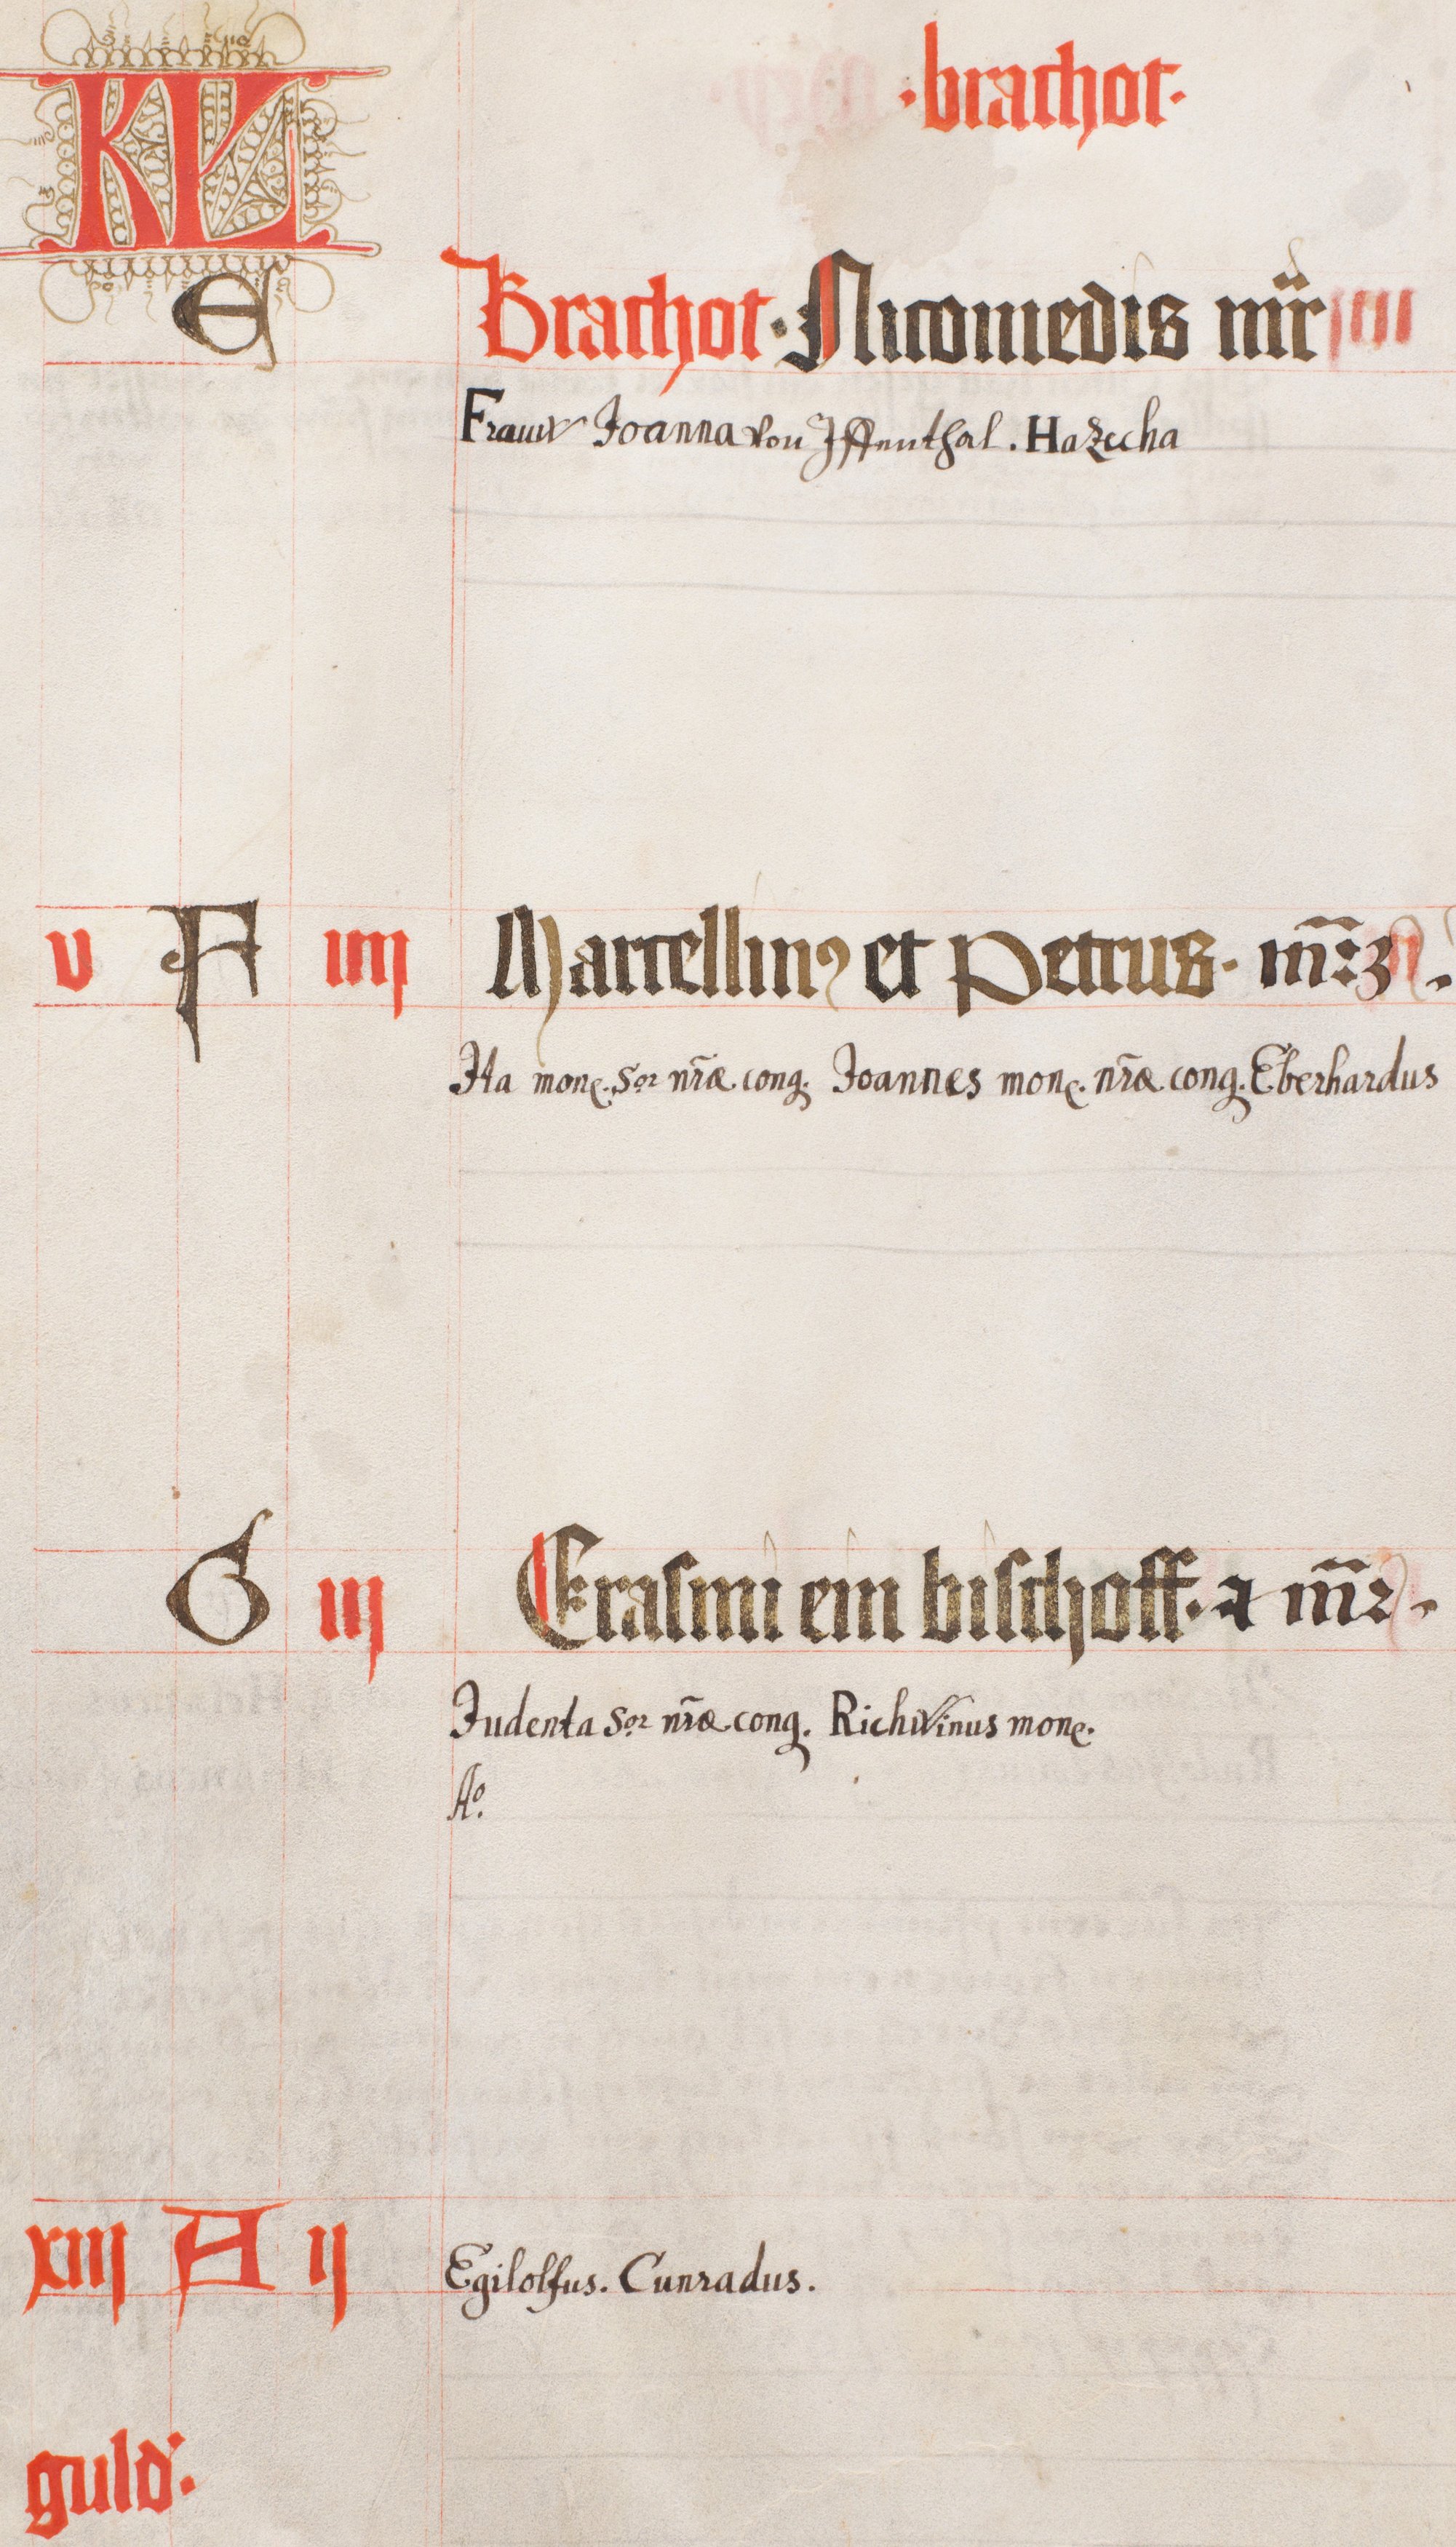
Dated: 1441–1441